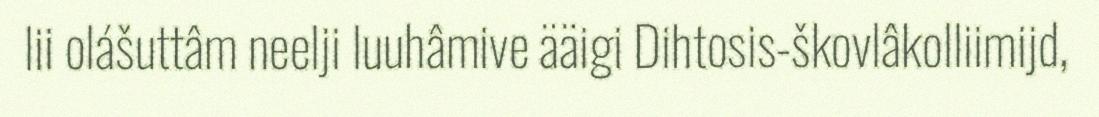
lii olášuttâm neelji luuhâmive ääigi Dihtosis-škovlâkolliimijd,